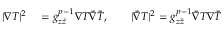
\begin{array} { r l } { | \nabla T | ^ { 2 } } & { { } = g _ { z \bar { z } } ^ { p - 1 } \nabla T \bar { \nabla } \bar { T } , \qquad | \bar { \nabla } T | ^ { 2 } = g _ { z \bar { z } } ^ { p - 1 } \bar { \nabla } T \nabla \bar { T } } \end{array}